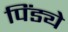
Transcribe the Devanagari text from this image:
पिंड्ये